Civil Veterinary Department Bihar reports 1936-40 - 1936-1940
Year: 1936
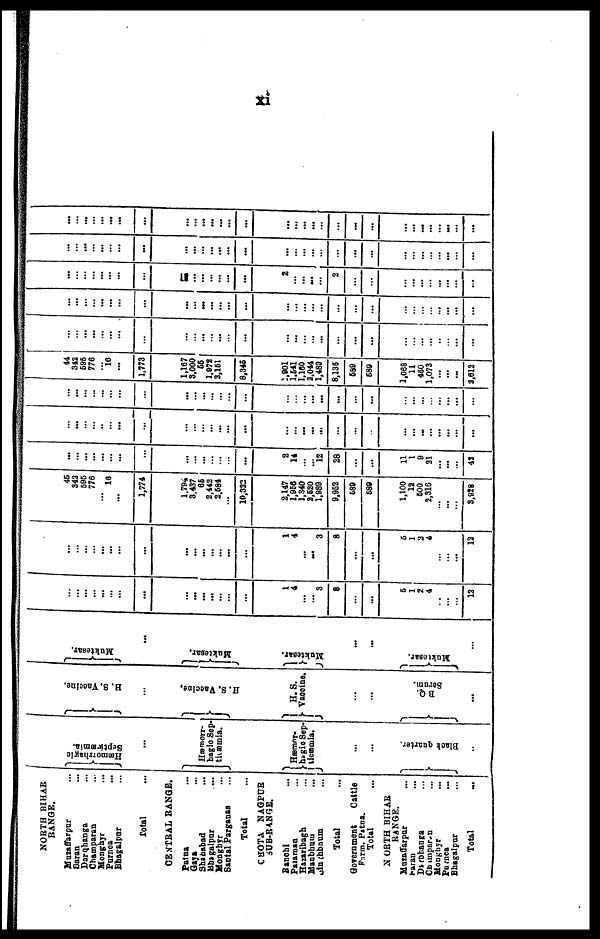
xi
NORTH BIHAR
RANGE.
Muzaffarpur ...
Saran ...
Darqhanga ...
Champaran ...
Monghyr
Purnea ...
Bhagalpur ...
Total ...
CENTRAL RANGE.
Patna ...
Gaya ...
Shahabad ...
Bhagalpur ...
Monghyr ...
Santal Parganas ...
Total ...
CHOTA NAGPUR
SUB-RANGE.
Ranchi ...
Paiaman ...
Hazaribagh ...
Manbhum ...
Sinchbnum ...
Total ...
Government
Cattle
Total ...
N ORTH BIHAR
RANGE.
Muzaffarpar ...
Saran ...
Darbhanga ...
Champaran ...
Monghyr ...
Purnea ...
Bhagalpur
...
Total ...
|
Hæmorrhagic
Septicæmia.
...
Hæmorr-
bagic Sep-
tiæmia.
Hæmor-
hagic Sep-
ticæmia.
...
...
...
Black quarter,
..
H.
S. Vaccine.
...
H. S. Vaccine.
H. S.
Vaccine.
...
...
...
B Q.
Serum.
...
Muktesar,
...
Muktesar.
Maktesar.
...
...
Muktesar.
...
...
...
... ...
...
...
...
...
...
...
...
...
...
...
...
1
4
...
... 3
8
...
...
5
1
2
4
...
...
...
12
...
...
...
... ...
...
...
...
...
...
... ...
...
...
...
1
4
...
... 3
8
...
...
5
1
2
4
...
...
...
12
45
342
595
775
... 16
...
1,774
1,794
3,437
65
2,442
2,684
...
10,322
2,147
2,956
1,340
2,620
1,989
9,952
689
589
1,100
12
500
2,316
... ...
...
3,928
...
...
... ...
...
...
...
...
...
...
...
...
... ...
...
2
14
...
... 12
28
...
...
11
1
9
21
...
...
...
42
...
...
...
...
...
... ...
...
...
...
...
...
...
...
...
...
...
...
...
...
...
...
...
...
...
...
... ...
...
...
...
...
...
...
... ...
...
...
...
...
...
...
...
... ...
...
...
...
...
...
...
...
...
...
...
...
...
...
...
...
...
...
44
342
595
776
... 16
...
1,773
1,167
3,000
55
1,972
2,151
...
8,345
2,901
1,541
1,160
2,044
1,489
8,135
589
589
1,068
11
460
1,073
...
...
...
2,612
...
... ...
...
...
... ...
...
...
... ...
...
...
...
...
...
...
... ...
...
...
...
...
...
...
...
...
...
...
...
...
...
...
...
...
...
...
...
...
...
...
...
...
...
...
...
...
...
...
...
...
...
...
...
...
...
...
...
...
...
...
...
...
...
...
...
...
...
...
...
...
... ...
...
...
...
2
...
...
...
...
2
...
...
...
...
...
...
...
...
...
...
...
...
...
...
...
...
...
...
...
...
...
...
...
...
...
...
...
...
...
...
...
...
...
...
...
...
...
...
...
...
...
...
... ...
... ...
...
...
...
...
...
...
...
...
...
...
...
...
...
...
...
...
...
...
...
... ...
... ...
...